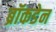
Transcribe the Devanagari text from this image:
ब्रॉकडेन